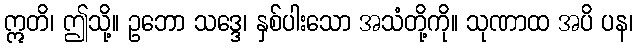
ဣတိ၊ ဤသို့။ ဥဘော သဒ္ဒေ၊ နှစ်ပါးသော အသံတို့ကို။ သုဏာထ အပိ ပန၊